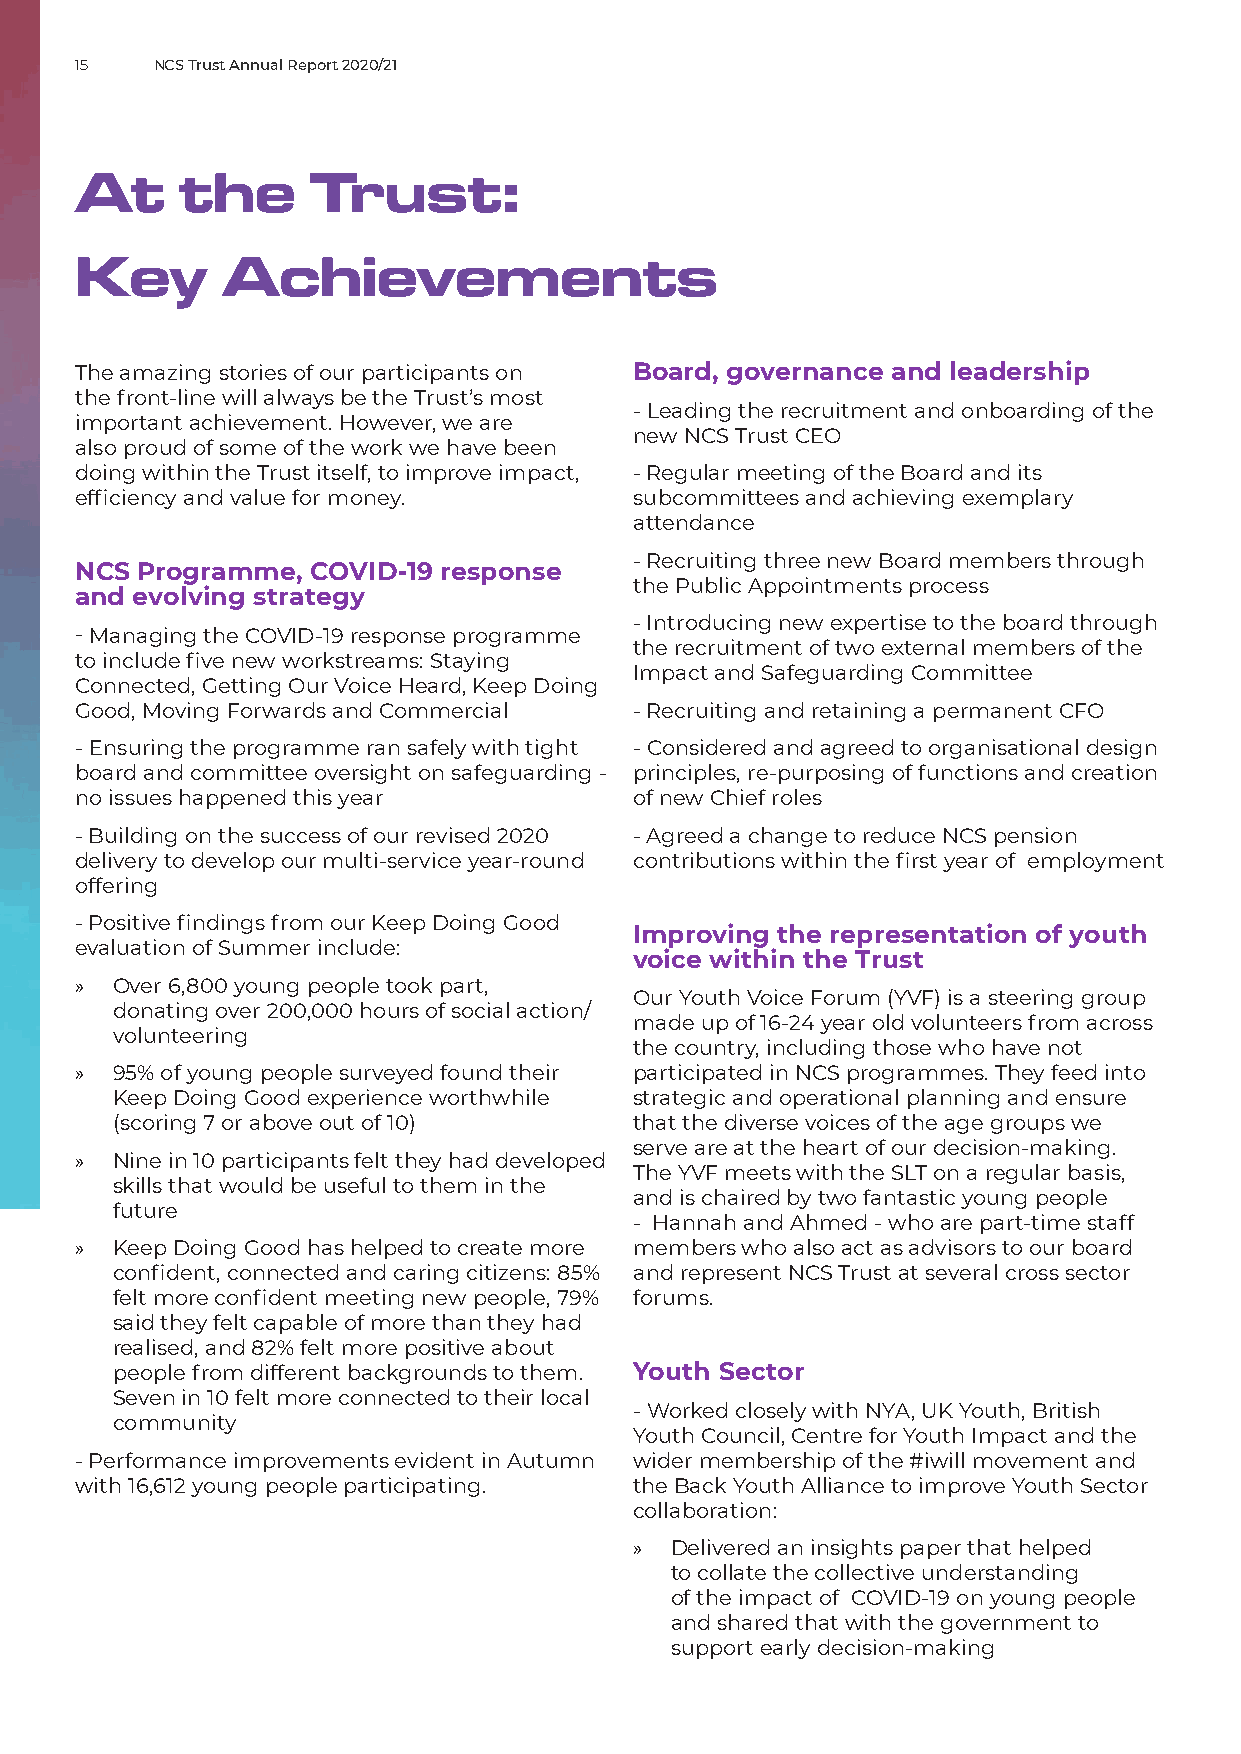
15   NCS Trust Annual Report 2020/21
 At     the      Trust:
 Key       Achievements
 The amazing stories of our participants on Board, governance and leadership
 the front-line will always be the Trust’s most
 - Leading the recruitment and onboarding of the
 important achievement. However, we are
 new NCS Trust CEO
 also proud of some of the work we have been
 doing within the Trust itself, to improve impact, - Regular meeting of the Board and its
 efficiency and value for money.      subcommittees and achieving exemplary
 attendance
 - Recruiting three new Board members through
 NCS Programme,  COVID-19 response
 the Public Appointments process
 and evolving strategy
 - Introducing new expertise to the board through
 - Managing the COVID-19 response programme
 the recruitment of two external members of the
 to include five new workstreams: Staying
 Impact and Safeguarding Committee
 Connected, Getting Our Voice Heard, Keep Doing
 Good, Moving Forwards and Commercial - Recruiting and retaining a permanent CFO
 - Ensuring the programme ran safely with tight - Considered and agreed to organisational design
 board and committee oversight on safeguarding - principles, re-purposing of functions and creation
 no issues happened this year         of new Chief roles
 - Building on the success of our revised 2020 - Agreed a change to reduce NCS pension
 delivery to develop our multi-service year-round contributions within the first year of employment
 offering
 - Positive findings from our Keep Doing Good
 Improving the representation of youth
 evaluation of Summer include:
 voice within the Trust
 »  Over 6,800 young people took part,
 Our Youth Voice Forum (YVF) is a steering group
 donating over 200,000 hours of social action/
 made up of 16-24 year old volunteers from across
 volunteering
 the country, including those who have not
 »  95% of young people surveyed found their participated in NCS programmes. They feed into
 Keep Doing Good experience worthwhile strategic and operational planning and ensure
 (scoring 7 or above out of 10)    that the diverse voices of the age groups we
 serve are at the heart of our decision-making.
 »  Nine in 10 participants felt they had developed
 The YVF meets with the SLT on a regular basis,
 skills that would be useful to them in the
 and is chaired by two fantastic young people
 future
 - Hannah and Ahmed - who are part-time staff
 »  Keep Doing Good has helped to create more members who also act as advisors to our board
 confident, connected and caring citizens: 85% and represent NCS Trust at several cross sector
 felt more confident meeting new people, 79% forums.
 said they felt capable of more than they had
 realised, and 82% felt more positive about
 people from different backgrounds to them. Youth Sector
 Seven in 10 felt more connected to their local
 - Worked closely with NYA, UK Youth, British
 community
 Youth Council, Centre for Youth Impact and the
 - Performance improvements evident in Autumn wider membership of the #iwill movement and
 with 16,612 young people participating. the Back Youth Alliance to improve Youth Sector
 collaboration:
 » Delivered an insights paper that helped
 to collate the collective understanding
 of the impact of COVID-19 on young people
 and shared that with the government to
 support early decision-making